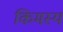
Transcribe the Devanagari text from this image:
किमस्य